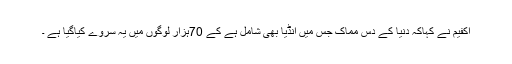
اکفیم نے کہاکہ دنیا کے دس مماک جس میں انڈیا بھی شامل ہے کے 70ہزار لوگوں میں یہ سروے کیاگیا ہے ۔